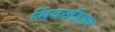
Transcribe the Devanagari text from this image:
सिंदखेडला